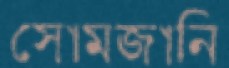
সোমজানি